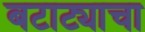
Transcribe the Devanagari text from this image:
बटाट्याचा